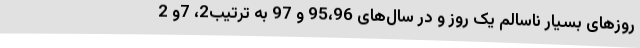
روزهای بسیار ناسالم یک روز و در سال‌های 95،96 و 97 به ترتیب2، 7و 2